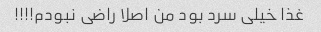
غذا خیلی سرد بود من اصلا راضی نبودم!!!!